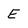
Character: E